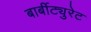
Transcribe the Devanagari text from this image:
बार्बीट्युरेट